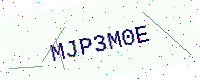
Text: MJP3M0E